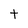
Character: t